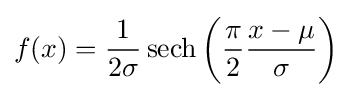
f(x)={\frac {1}{2\sigma }}\operatorname {sech} \left({\frac {\pi }{2}}{\frac {x-\mu }{\sigma }}\right)